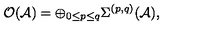
{ \mathcal { O ( A ) } } = \oplus _ { 0 \leq p \leq q } \Sigma ^ { ( p , q ) } ( \mathcal { A } ) ,